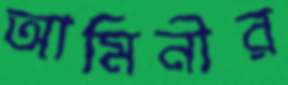
আমিনীর